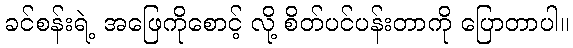
ခင်စန်းရဲ့ အဖြေကိုစောင့် လို့ စိတ်ပင်ပန်းတာကို ပြောတာပါ။